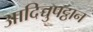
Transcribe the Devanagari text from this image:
आदिच्चुपट्ठान